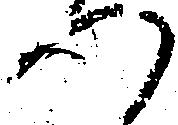
へ